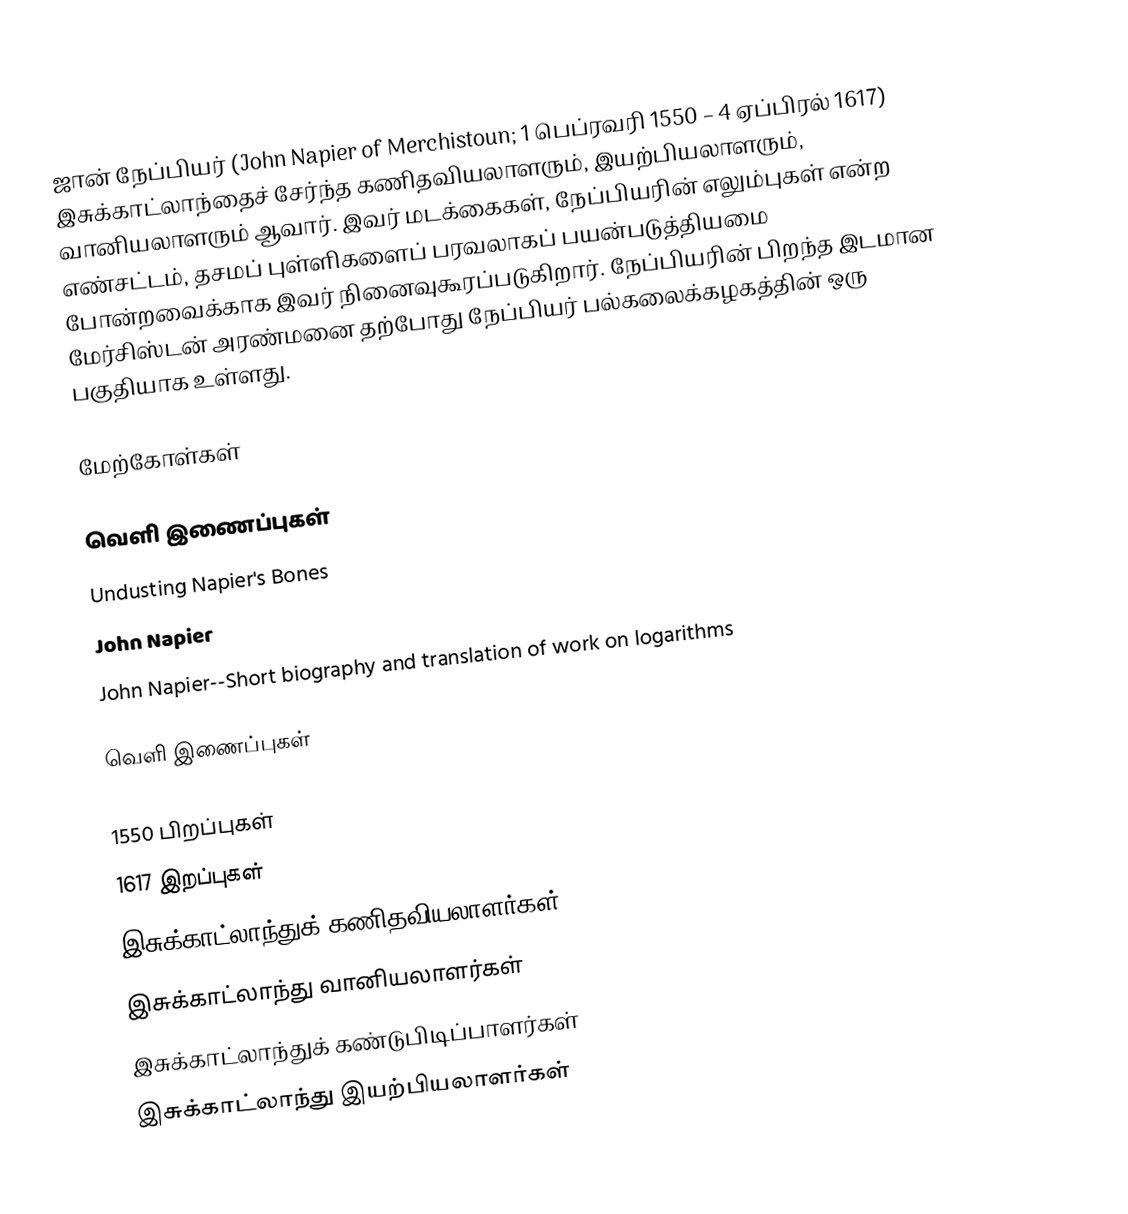
ஜான் நேப்பியர் (John Napier of Merchistoun; 1 பெப்ரவரி 1550 – 4 ஏப்பிரல் 1617) இசுக்காட்லாந்தைச் சேர்ந்த கணிதவியலாளரும், இயற்பியலாளரும், வானியலாளரும் ஆவார். இவர் மடக்கைகள், நேப்பியரின் எலும்புகள் என்ற எண்சட்டம், தசமப் புள்ளிகளைப் பரவலாகப் பயன்படுத்தியமை போன்றவைக்காக இவர் நினைவுகூரப்படுகிறார். நேப்பியரின் பிறந்த இடமான மேர்சிஸ்டன் அரண்மனை தற்போது நேப்பியர் பல்கலைக்கழகத்தின் ஒரு பகுதியாக உள்ளது.

மேற்கோள்கள்

வெளி இணைப்புகள்
 Undusting Napier's Bones
 John Napier
 John Napier--Short biography and translation of work on logarithms

வெளி இணைப்புகள்

1550 பிறப்புகள்
1617 இறப்புகள்
இசுக்காட்லாந்துக் கணிதவியலாளர்கள்
இசுக்காட்லாந்து வானியலாளர்கள்
இசுக்காட்லாந்துக் கண்டுபிடிப்பாளர்கள்
இசுக்காட்லாந்து இயற்பியலாளர்கள்